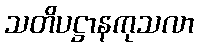
သတိပဋ္ဌာနကုသလာ